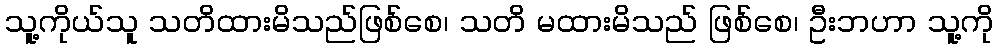
သူ့ကိုယ်သူ သတိထားမိသည်ဖြစ်စေ၊ သတိ မထားမိသည် ဖြစ်စေ၊ ဦးဘဟာ သူ့ကို